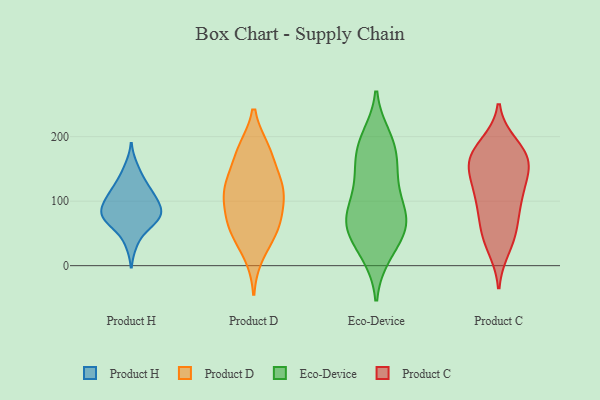
{"axis": {"x": "Temperature (°C)", "y": "Value"}, "legend": ["Eco-Device", "Product C", "Product D", "Product H"], "data": [{"x": "", "y": 63, "type": "Product H"}, {"x": "", "y": 72, "type": "Product H"}, {"x": "", "y": 109, "type": "Product H"}, {"x": "", "y": 35, "type": "Product H"}, {"x": "", "y": 95, "type": "Product H"}, {"x": "", "y": 89, "type": "Product H"}, {"x": "", "y": 116, "type": "Product H"}, {"x": "", "y": 133, "type": "Product H"}, {"x": "", "y": 114, "type": "Product H"}, {"x": "", "y": 72, "type": "Product H"}, {"x": "", "y": 152, "type": "Product H"}, {"x": "", "y": 77, "type": "Product H"}, {"x": "", "y": 76, "type": "Product H"}, {"x": "", "y": 89, "type": "Product H"}, {"x": "", "y": 117, "type": "Product D"}, {"x": "", "y": 175, "type": "Product D"}, {"x": "", "y": 179, "type": "Product D"}, {"x": "", "y": 58, "type": "Product D"}, {"x": "", "y": 118, "type": "Product D"}, {"x": "", "y": 58, "type": "Product D"}, {"x": "", "y": 120, "type": "Product D"}, {"x": "", "y": 118, "type": "Product D"}, {"x": "", "y": 128, "type": "Product D"}, {"x": "", "y": 178, "type": "Product D"}, {"x": "", "y": 53, "type": "Product D"}, {"x": "", "y": 18, "type": "Product D"}, {"x": "", "y": 71, "type": "Product D"}, {"x": "", "y": 87, "type": "Product D"}, {"x": "", "y": 140, "type": "Eco-Device"}, {"x": "", "y": 18, "type": "Eco-Device"}, {"x": "", "y": 62, "type": "Eco-Device"}, {"x": "", "y": 125, "type": "Eco-Device"}, {"x": "", "y": 59, "type": "Eco-Device"}, {"x": "", "y": 199, "type": "Eco-Device"}, {"x": "", "y": 53, "type": "Eco-Device"}, {"x": "", "y": 80, "type": "Eco-Device"}, {"x": "", "y": 192, "type": "Eco-Device"}, {"x": "", "y": 123, "type": "Eco-Device"}, {"x": "", "y": 50, "type": "Eco-Device"}, {"x": "", "y": 17, "type": "Eco-Device"}, {"x": "", "y": 78, "type": "Eco-Device"}, {"x": "", "y": 82, "type": "Eco-Device"}, {"x": "", "y": 163, "type": "Eco-Device"}, {"x": "", "y": 190, "type": "Eco-Device"}, {"x": "", "y": 77, "type": "Eco-Device"}, {"x": "", "y": 167, "type": "Eco-Device"}, {"x": "", "y": 163, "type": "Product C"}, {"x": "", "y": 173, "type": "Product C"}, {"x": "", "y": 186, "type": "Product C"}, {"x": "", "y": 105, "type": "Product C"}, {"x": "", "y": 47, "type": "Product C"}, {"x": "", "y": 29, "type": "Product C"}, {"x": "", "y": 173, "type": "Product C"}, {"x": "", "y": 146, "type": "Product C"}, {"x": "", "y": 165, "type": "Product C"}, {"x": "", "y": 48, "type": "Product C"}, {"x": "", "y": 126, "type": "Product C"}, {"x": "", "y": 94, "type": "Product C"}, {"x": "", "y": 112, "type": "Product C"}, {"x": "", "y": 73, "type": "Product C"}, {"x": "", "y": 156, "type": "Product C"}]}